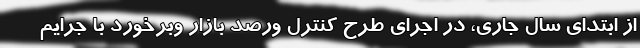
از ابتدای سال جاری، در اجرای طرح کنترل ورصد بازار وبرخورد با جرایم